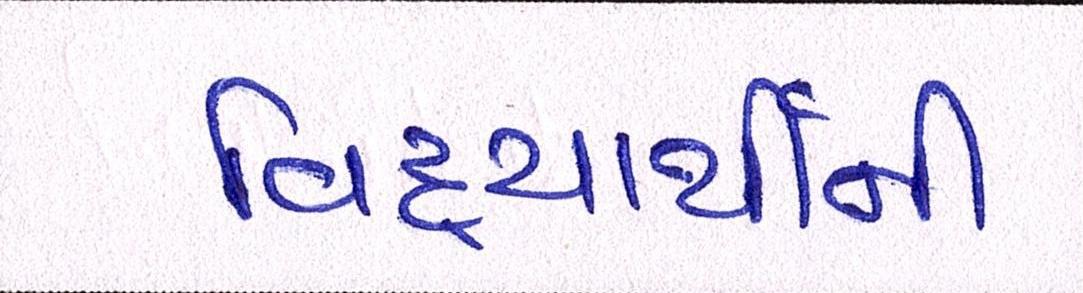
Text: વિદ્યાર્થીની